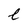
Character: l